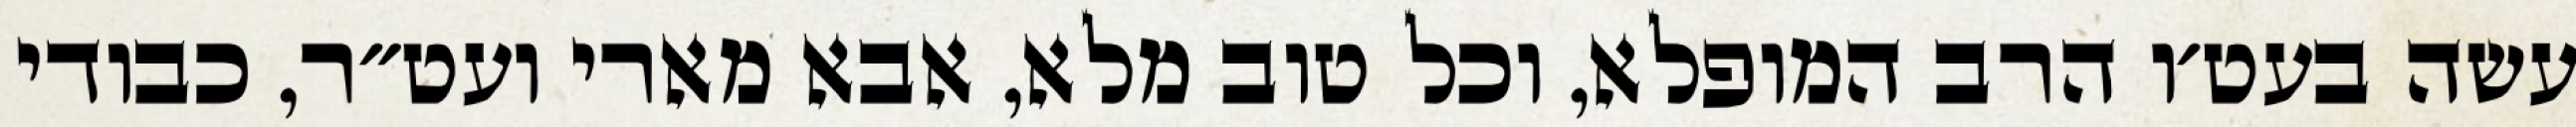
עשה בעט׳ו הרב המופלא, וכל טוב מלא, אבא מארי ועט״ר, כבודי